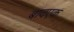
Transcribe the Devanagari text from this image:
बादएक